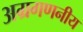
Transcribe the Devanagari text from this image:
अग्रगणनीय